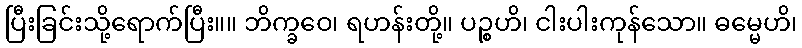
ပြီးခြင်းသို့ရောက်ပြီး။။ ဘိက္ခဝေ၊ ရဟန်းတို့။ ပဉ္စဟိ၊ ငါးပါးကုန်သော။ ဓမ္မေဟိ၊